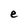
Character: e